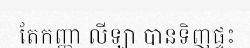
តែកញ្ញា លីឡា បានទិញផ្ទះ